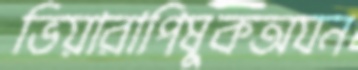
ভিয়ারাপিষুকঅযন